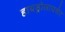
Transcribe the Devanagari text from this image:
हायड्रोलायसेट